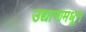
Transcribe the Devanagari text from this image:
उद्यानामधून